65_HS1-834228961_62-HQ-83894_Serial_438
Agency: FBI
Page 33
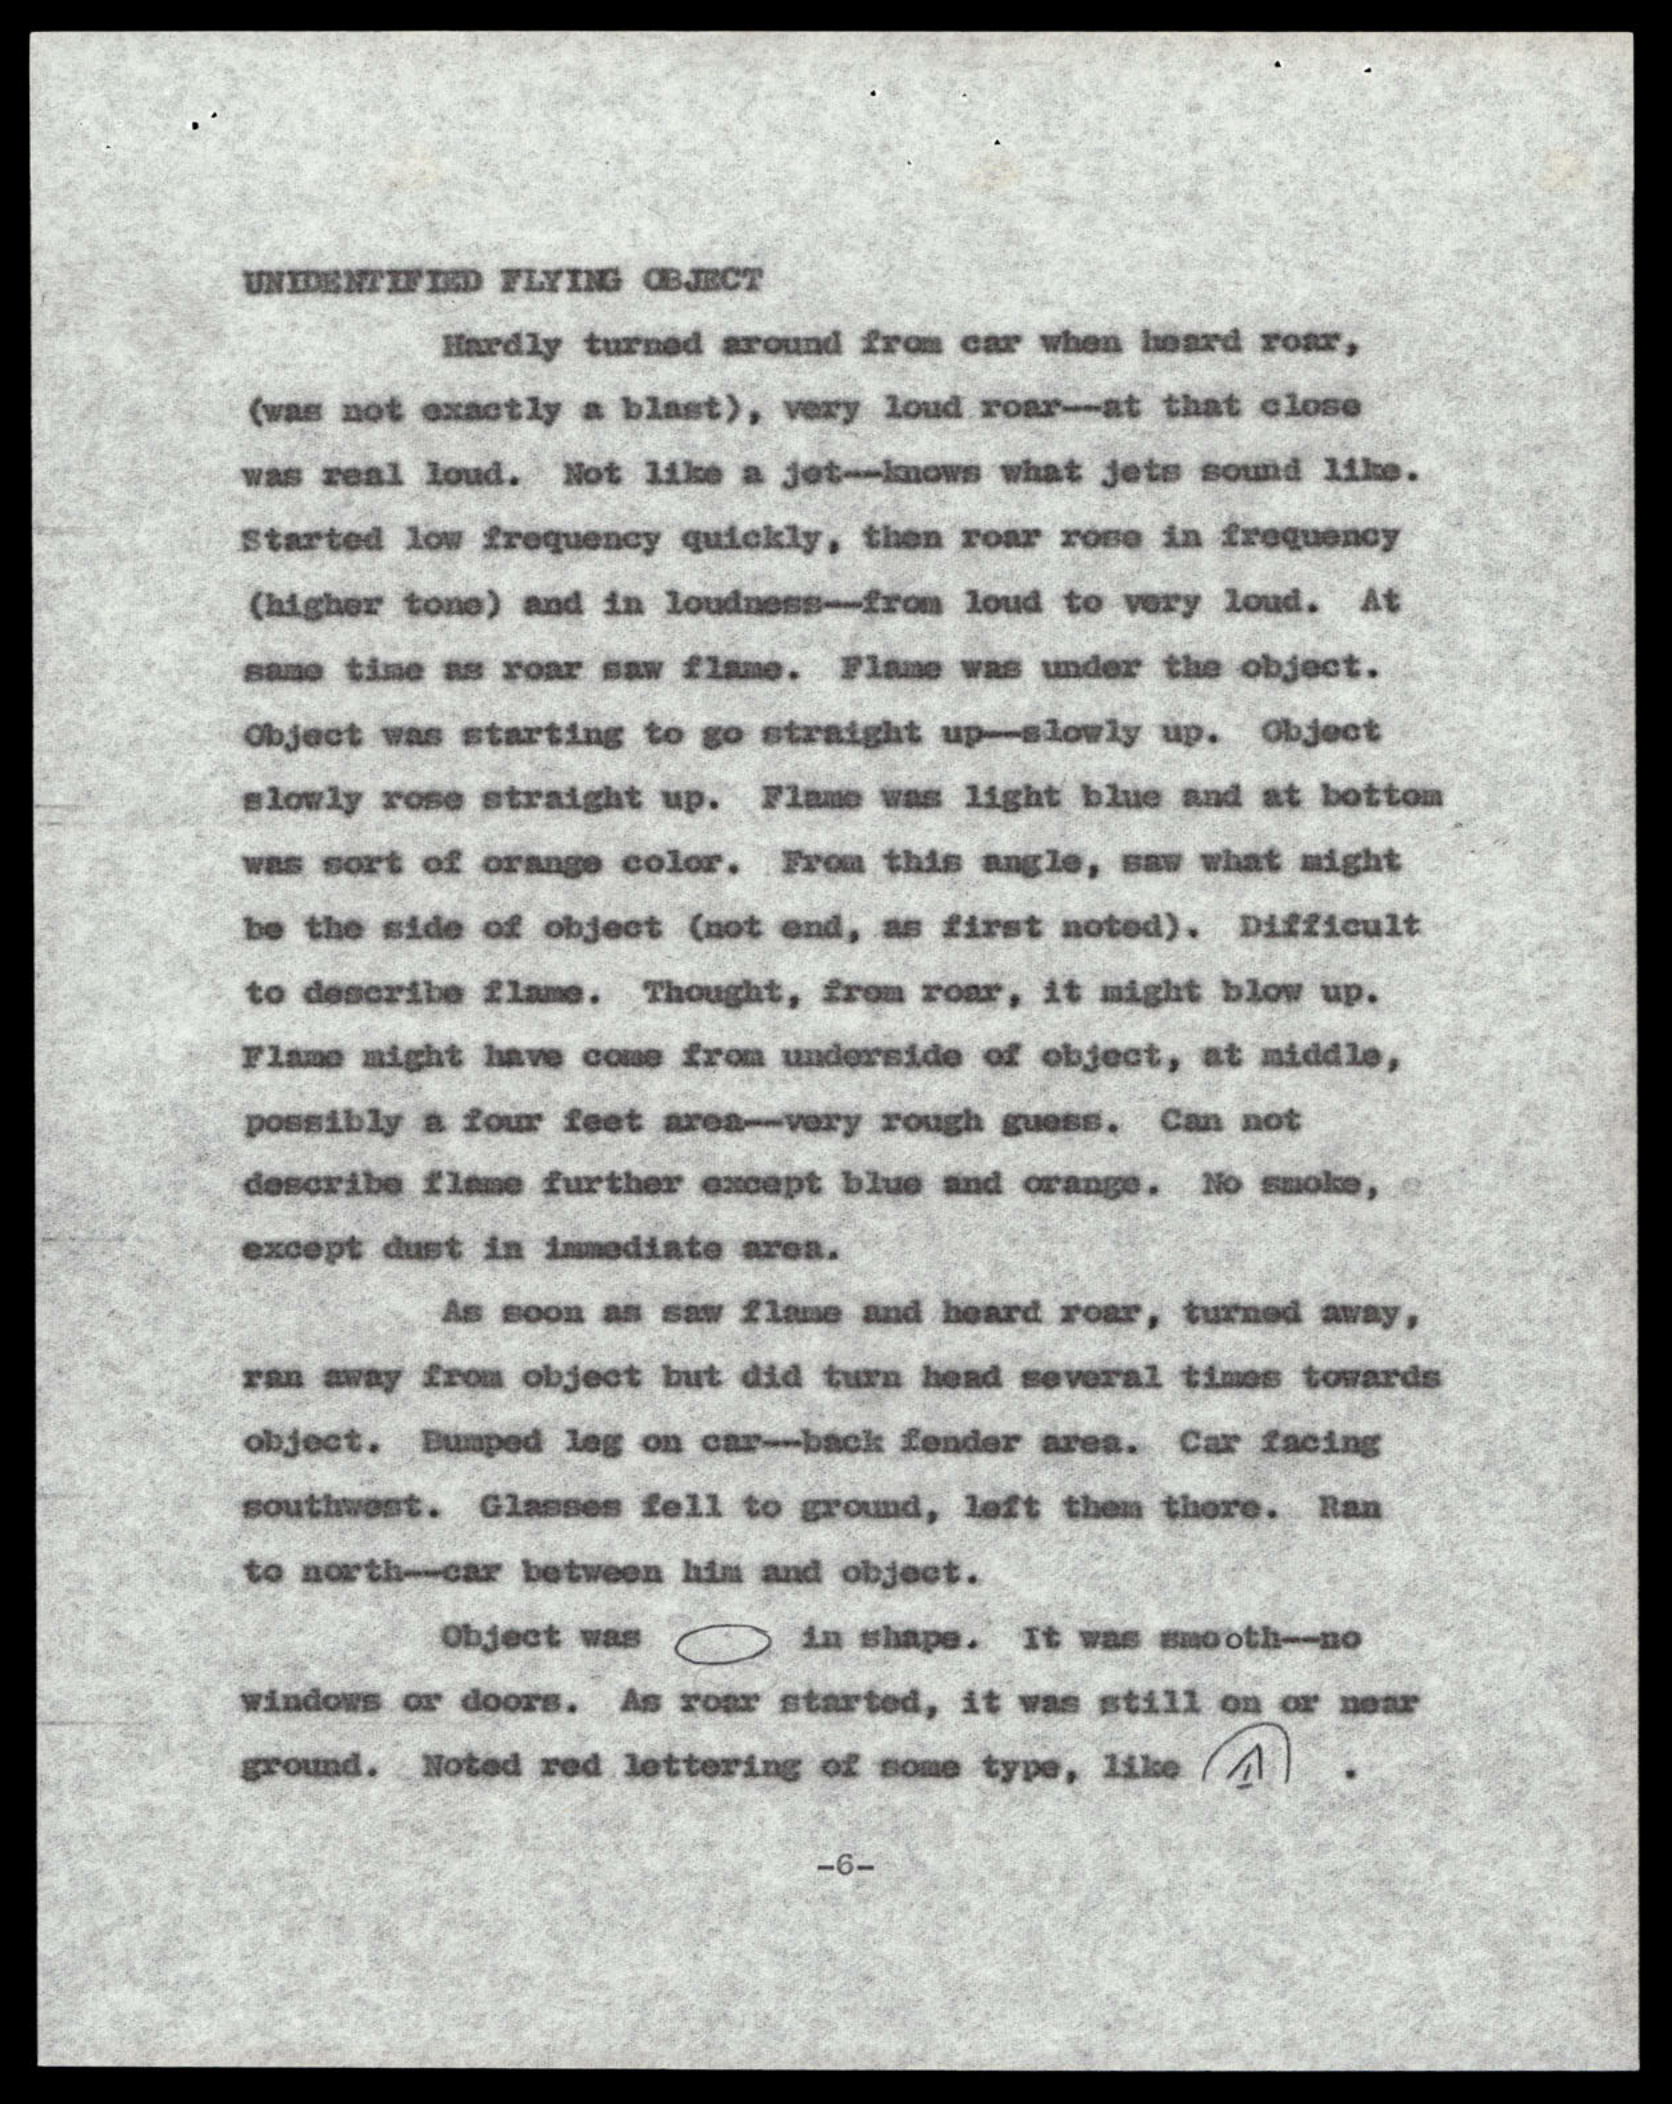